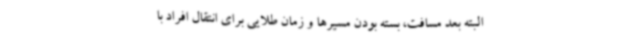
البته بعد مسافت، بسته بودن مسیرها و زمان طلایی برای انتقال افراد با